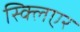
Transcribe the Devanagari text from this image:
स्क्लिएर